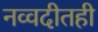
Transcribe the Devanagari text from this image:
नव्वदीतही